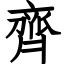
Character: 齊